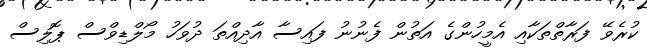
ކުރެވޭ ފަރާތްތަކާއި އެމީހުންގެ އަތުން ފެނުނު ފައިސާ އާދިއްތަ ދުވަހު މޯލްޑިވްސް ޕޮލިސް